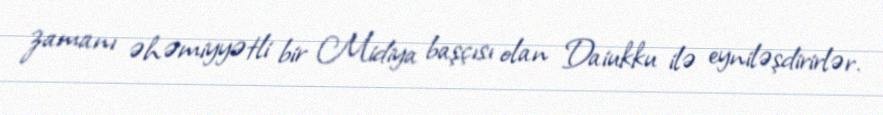
zamanı əhəmiyyətli bir Midiya başçısı olan Daiukku ilə eyniləşdirirlər.